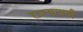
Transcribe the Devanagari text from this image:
राज्याप्रती